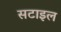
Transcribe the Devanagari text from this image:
सटाइल